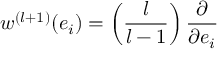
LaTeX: w ^ { ( l + 1 ) } ( e _ { i } ) = \left( \frac { l } { l - 1 } \right) \frac { \partial } { \partial e _ { i } }